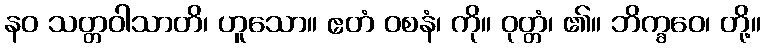
နဝ သတ္တဝါသာတိ၊ ဟူသော။ ဧတံ ဝစနံ၊ ကို။ ဝုတ္တံ၊ ၏။ ဘိက္ခဝေ၊ တို့။